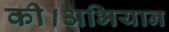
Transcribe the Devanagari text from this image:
की।अभियान